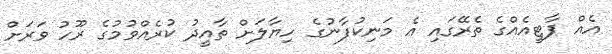
އެއް ޕާޓީއެއްގެ ތެރޭގައި އެ މަނިކުފާނުގެ ހިޔާލަށް ތާއީދު ކުރެއްވުމުގެ ރޫހު ވަރަށް